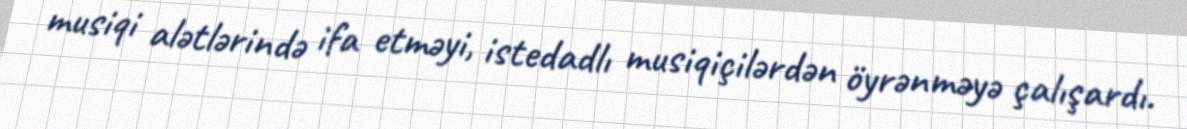
musiqi alətlərində ifa etməyi, istedadlı musiqiçilərdən öyrənməyə çalışardı.